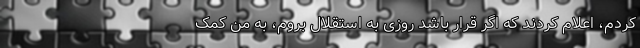
کردم، اعلام کردند که اگر قرار باشد روزی به استقلال بروم، به من کمک